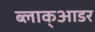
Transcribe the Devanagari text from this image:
ब्लाक्आडर